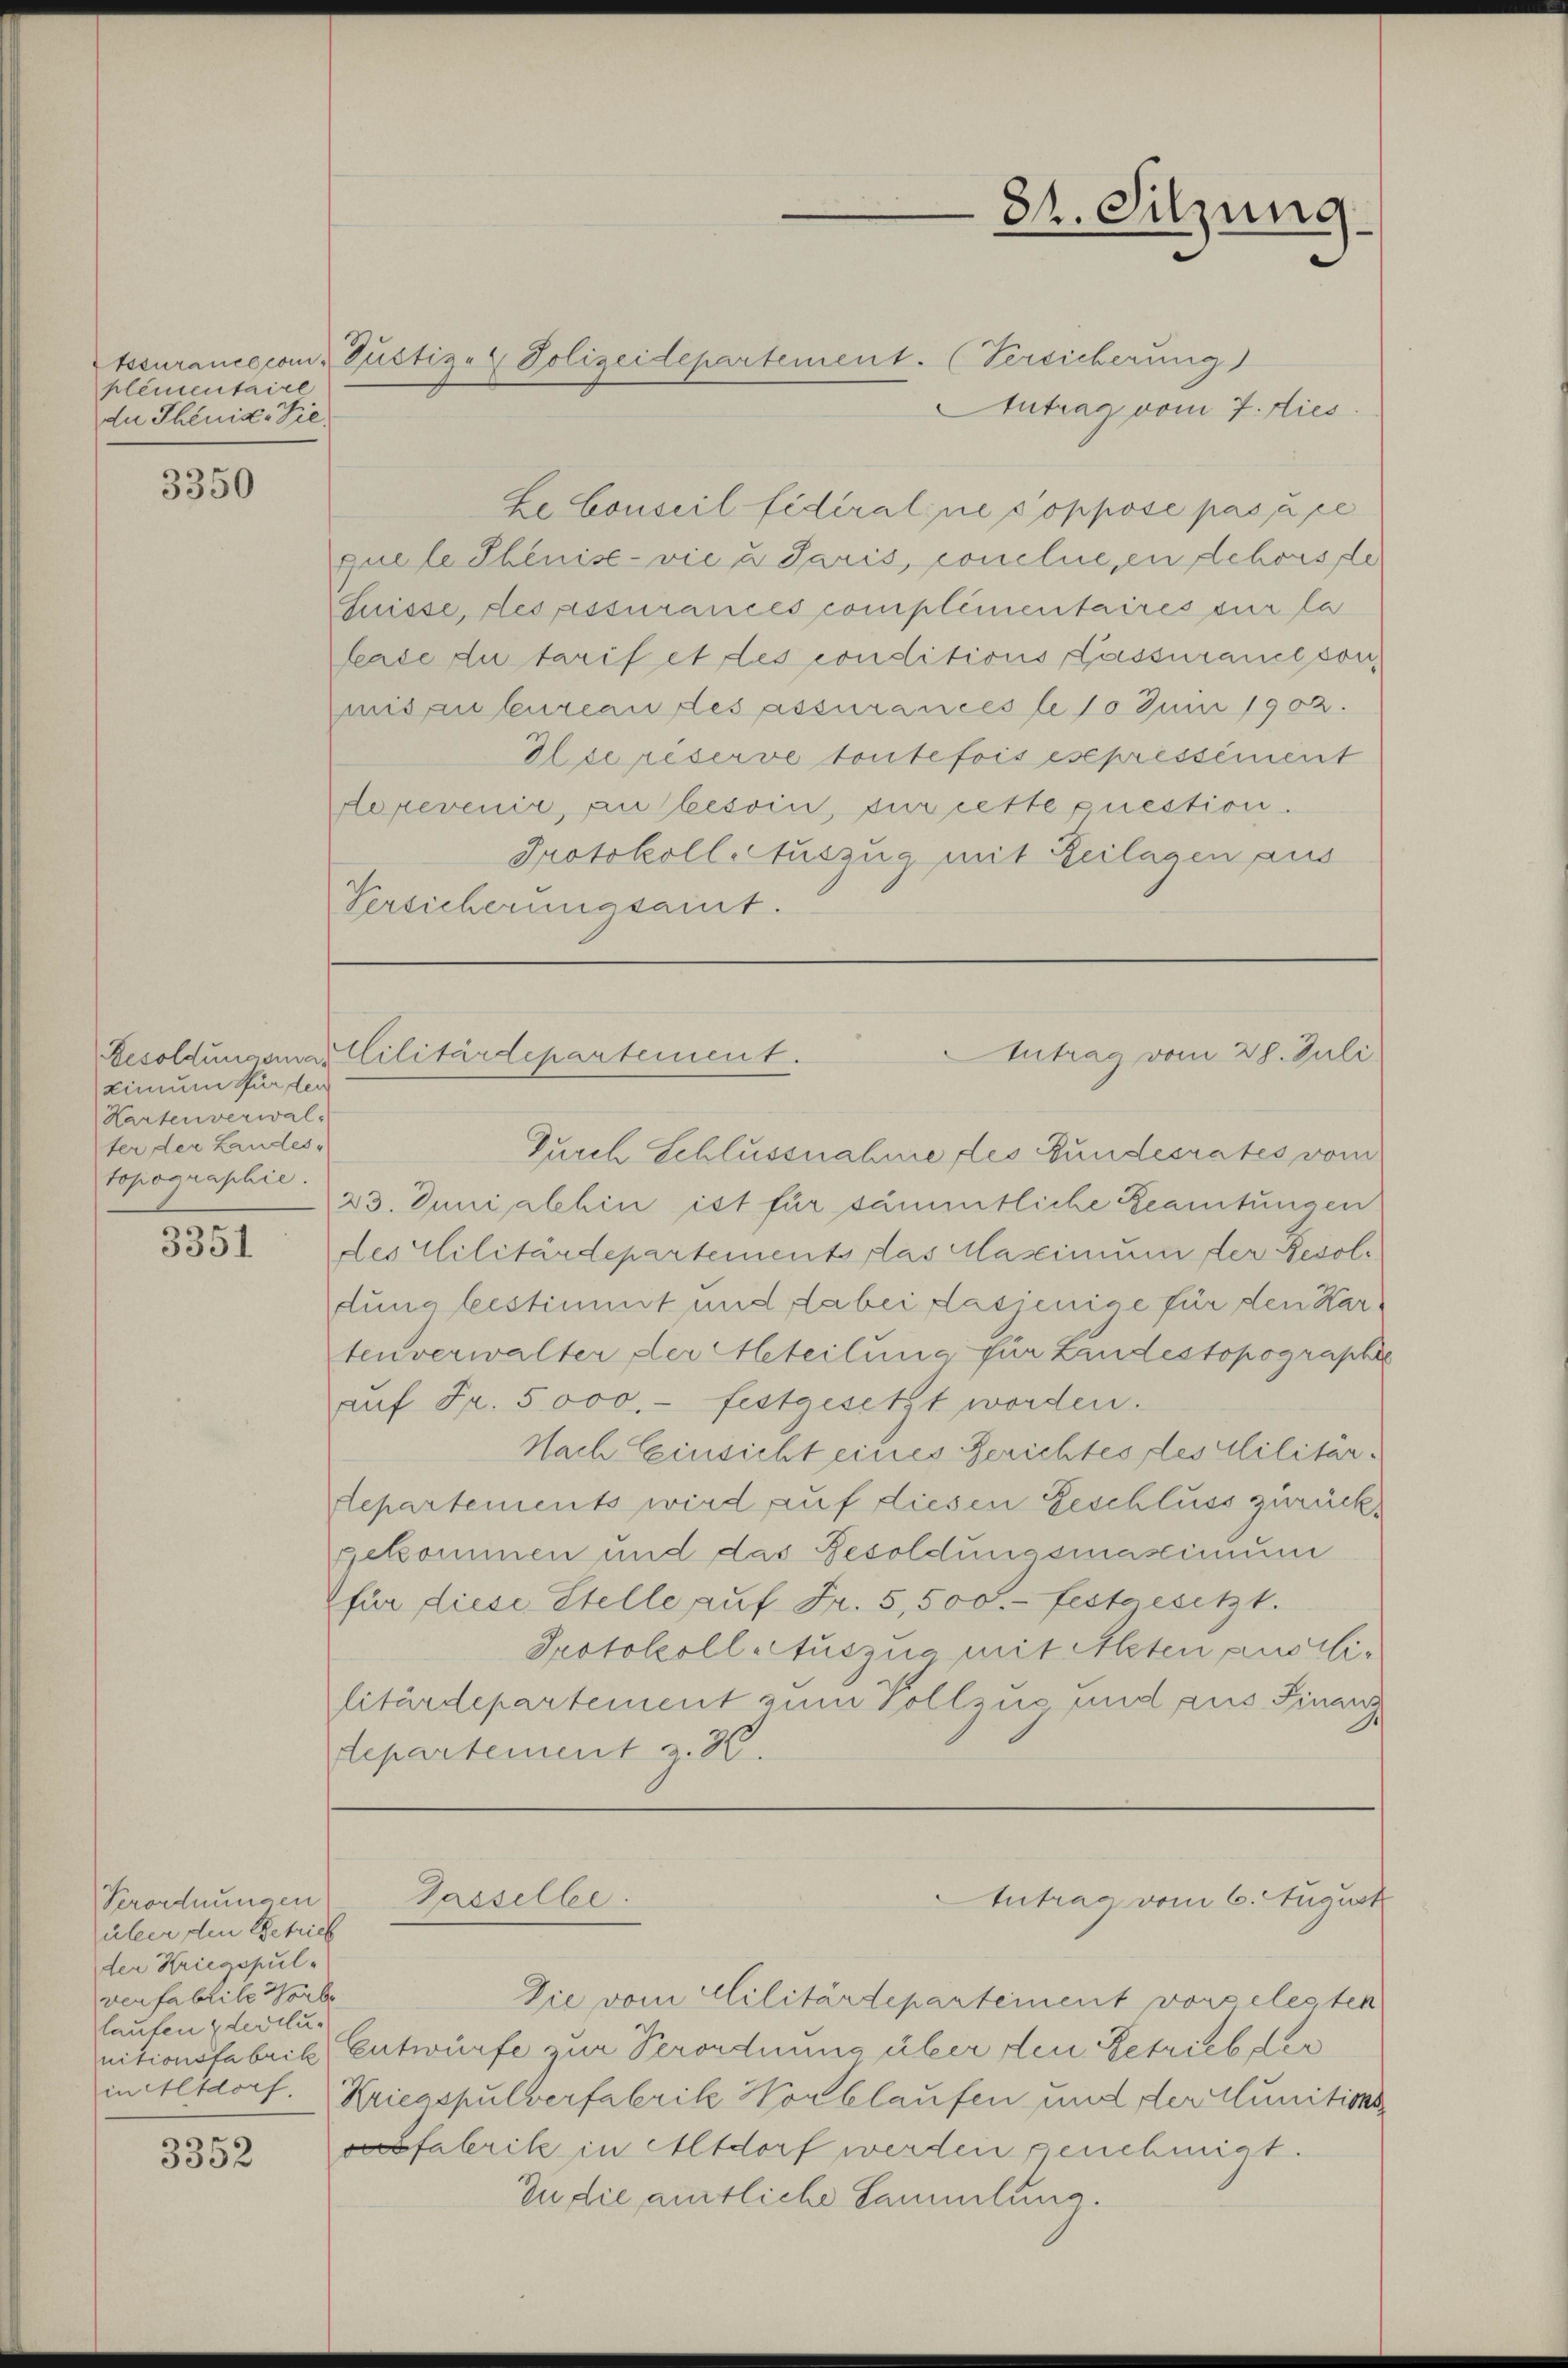
plementaire
du Theuis-Vie

3350

Limum für den
Hartenverwal
ter der Landes-
topographie.

e
3331

Verordnungen
über den Betrich
der Kriegspul-
verfabrike Horbe
laufen & der u.

3352

Antrag vom 7. dies
Le Conseil fédéral ne s’oppose pas à pe
quele Shenise- vie u Paris, conclue en schons de
Suisse, des assurances complementaires sur la
lace du tarif et des conditions Passurancsonmisau bureau des assurances le 10 Juni 1902.
Ilse réserve toutefois est pressément
orevenia, an besoin, sur cette question.
Protokoll Auszug mit Beilagen aus
Versicherungsamt.

tscurance comit Gustiz- & Polizeidepartement. (Versicherung

Antrag vom 28. Juli
Resoldungeailitärdepartement.

Tasselbe.

84. Sitzung

Durch Schlussnahme des Bundesrates vom
23. Juni alhin ist für sämmtliche Beamtungen
des Militärdepartements das Maximum der Resolduna bestimmt und dabei dasjenige für den Kartenverwalter der Meteilung für Landestopographie
auf Fr. 5000.- festgesetzt worden.
Nach Einsicht eines Gerichtes des Militär¬
Repartements wird auf diesen Geschluss zurück.
gekommen und das Resoldungsmassimum
für diese Stelle auf Fr. 5, 500.- festgesetzt.
Protokoll auszug mit Alten austlilitärdepartement zum Vollzus und aus Finanz
departement z. K.

Die vom Militärdepartement vorgelesten
nitionsfabrik Entwürfe zur Verordnung über den Getrieb der
in Altdorf. Kriegspulverfabrik Hortlaufen und der Munitions
vöfalerik in Altdorf werden genehmigt.
Zu die amtliche Sammlung.

Antrag vom 6. August